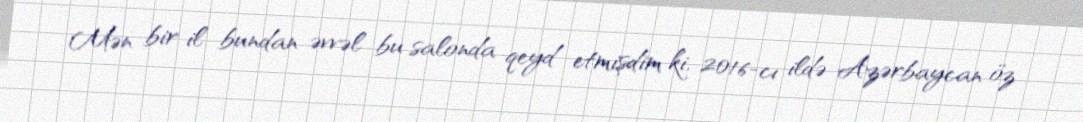
Mən bir il bundan əvvəl bu salonda qeyd etmişdim ki, 2016-cı ildə Azərbaycan öz